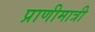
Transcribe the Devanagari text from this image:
प्राणीमात्री